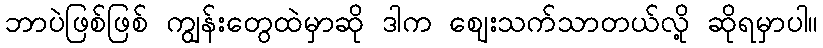
ဘာပဲဖြစ်ဖြစ် ကျွန်းတွေထဲမှာဆို ဒါက ဈေးသက်သာတယ်လို့ ဆိုရမှာပါ။